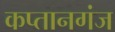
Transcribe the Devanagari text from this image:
कप्‍तानगंज